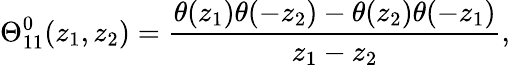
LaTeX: \Theta_{11}^{0}(z_{1},z_{2})=\frac{\theta(z_{1})\theta(-z_{2})-\theta(z_{2})\theta(-z_{1})}{z_{1}-z_{2}},